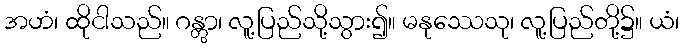
အဟံ၊ ထိုငါသည်။ ဂန္တွာ၊ လူ့ပြည်သို့သွား၍။ မနုဿေသု၊ လူ့ပြည်တို့၌။ ယံ၊